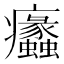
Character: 𤼠